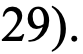
29).